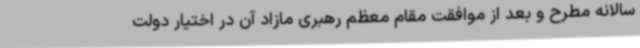
سالانه مطرح و بعد از موافقت مقام معظم رهبری مازاد آن در اختیار دولت